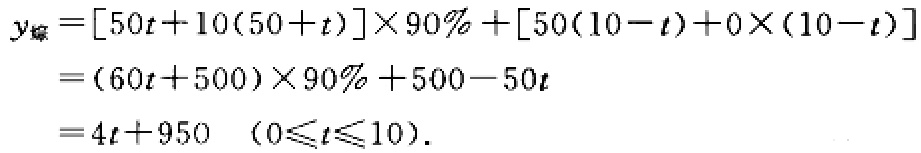
\[
\begin{align*}
y_{煤}&=[50t + 10(50 + t)]\times90\%+[50(10 - t)+0\times(10 - t)]\\
&=(60t + 500)\times90\%+500 - 50t\\
&=4t + 950\ \ (0\leqslant t\leqslant10).
\end{align*}
\]